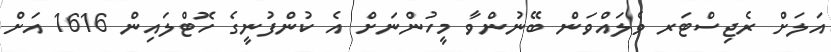
އަލަށް ރެޖިސްޓަރ ވެލައްވަން ބޭނުންވާ މީހުންނަށް އެ ކުންފުނީގެ ހޮޓްލައިން 1616 އަށް